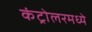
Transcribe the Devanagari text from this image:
कंट्रोलरमध्ये